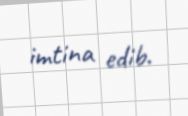
imtina edib.